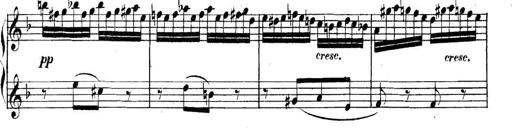
Title: Collected Piano Sonatas
Composer: Muzio Clementi